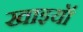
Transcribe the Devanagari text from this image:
खाइयॉ